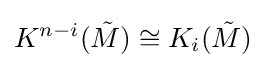
K^{n-i}({\tilde {M}})\cong K_{i}({\tilde {M}})